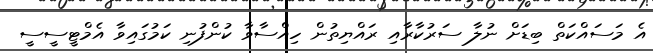
އެ މަސައްކަތް ބިޑަށް ނުލާ ސަރުކާރާއި ރައްޔިތުން ހިއްސާވާ ކުންފުނި ކަމުގައިވާ އެމްޓީސީސީ